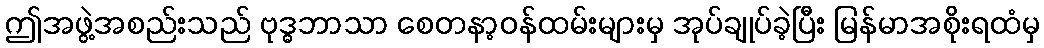
ဤအဖွဲ့အစည်းသည် ဗုဒ္ဓဘာသာ စေတနာ့ဝန်ထမ်းများမှ အုပ်ချုပ်ခဲ့ပြီး မြန်မာအစိုးရထံမှ